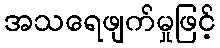
အသရေဖျက်မှုဖြင့်